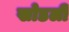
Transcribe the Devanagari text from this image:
खोडली